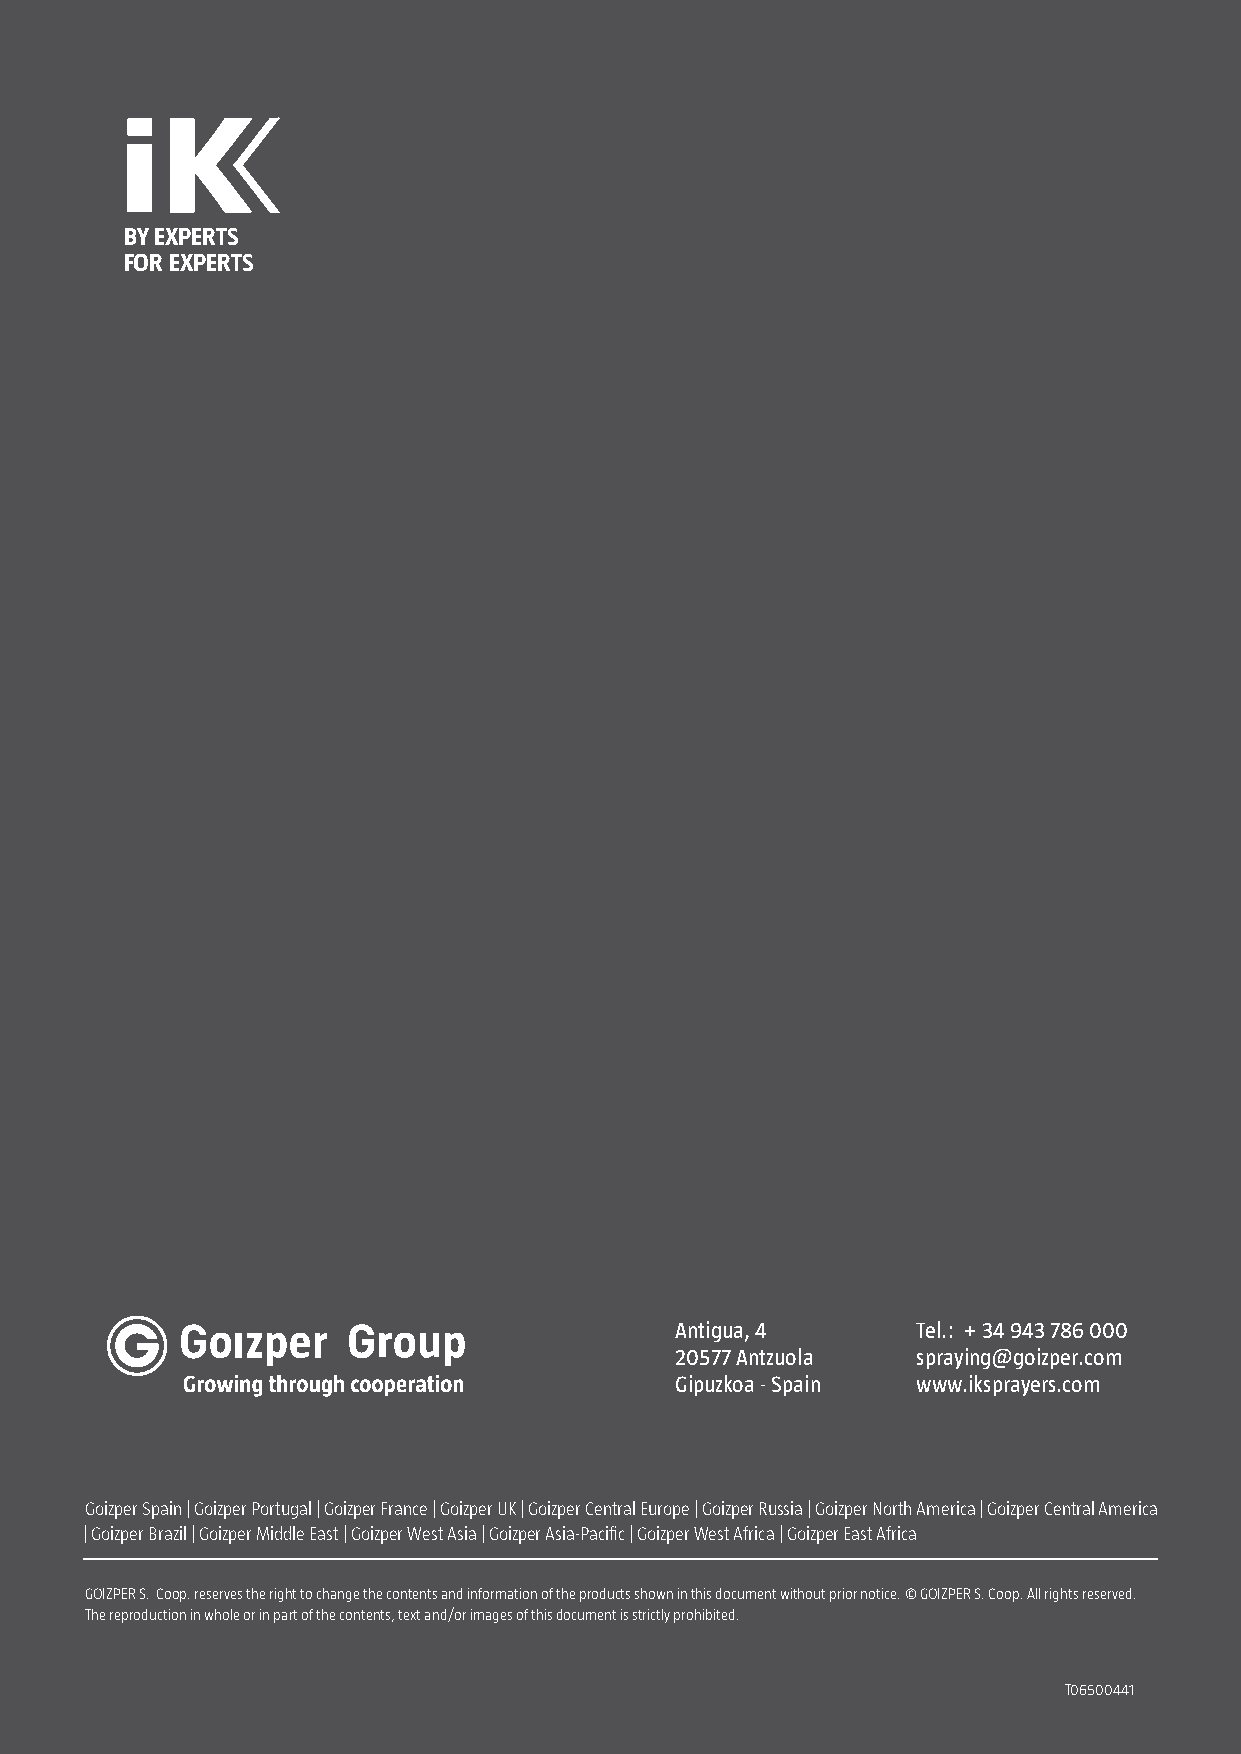
BY EXPERTS
 FOR EXPERTS
 Antigua, 4      Tel.: + 34 943 786 000
 20577 Antzuola  spraying@goizper.com
 Gipuzkoa - Spain www.iksprayers.com
 Goizper Spain | Goizper Portugal | Goizper France | Goizper UK | Goizper Central Europe | Goizper Russia | Goizper North America | Goizper Central America
 | Goizper Brazil | Goizper Middle East | Goizper West Asia | Goizper Asia-Pacifi c | Goizper West Africa | Goizper East Africa
 GOIZPER S. Coop. reserves the right to change the contents and information of the products shown in this document without prior notice. © GOIZPER S. Coop. All rights reserved.
 The reproduction in whole or in part of the contents, text and/or images of this document is strictly prohibited.
 T06500441